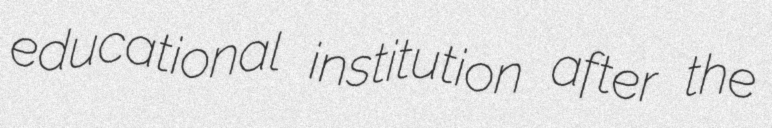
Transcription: educational institution after the